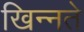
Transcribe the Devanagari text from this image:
खिन्नते